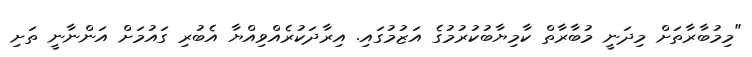
"މިމުބާރާތަށް މިދަނީ މުބާރާތް ކާމިޔާބުކުރުމުގެ އަޒުމުގައި. އިރާދަކުރެއްވިއްޔާ އެބުރި ގައުމަށް އަންނާނީ ތަށި